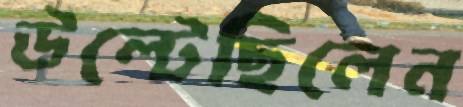
উল্‌টেছিলেন